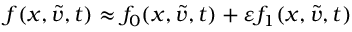
f ( x , \tilde { v } , t ) \approx f _ { 0 } ( x , \tilde { v } , t ) + \varepsilon f _ { 1 } ( x , \tilde { v } , t )